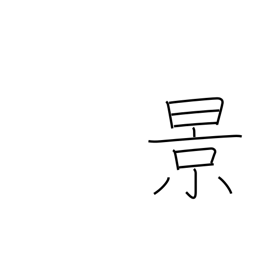
Meaning: scenery